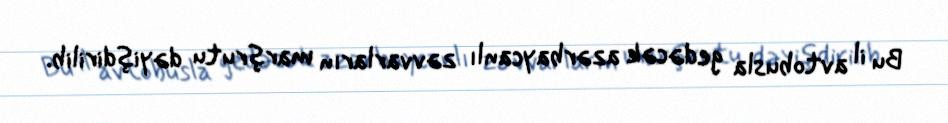
Bu il avtobusla gedəcək azərbaycanlı zəvvarların marşrutu dəyişdirilib.